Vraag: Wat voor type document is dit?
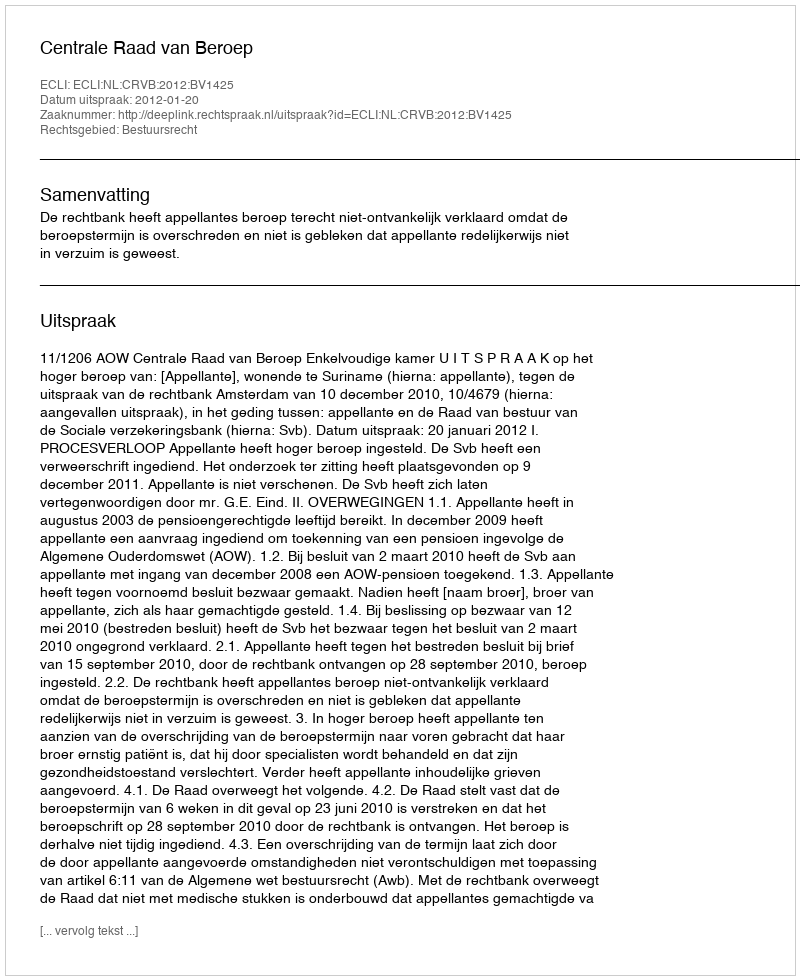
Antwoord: Uitspraak